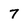
Character: 7